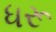
ધરૂ